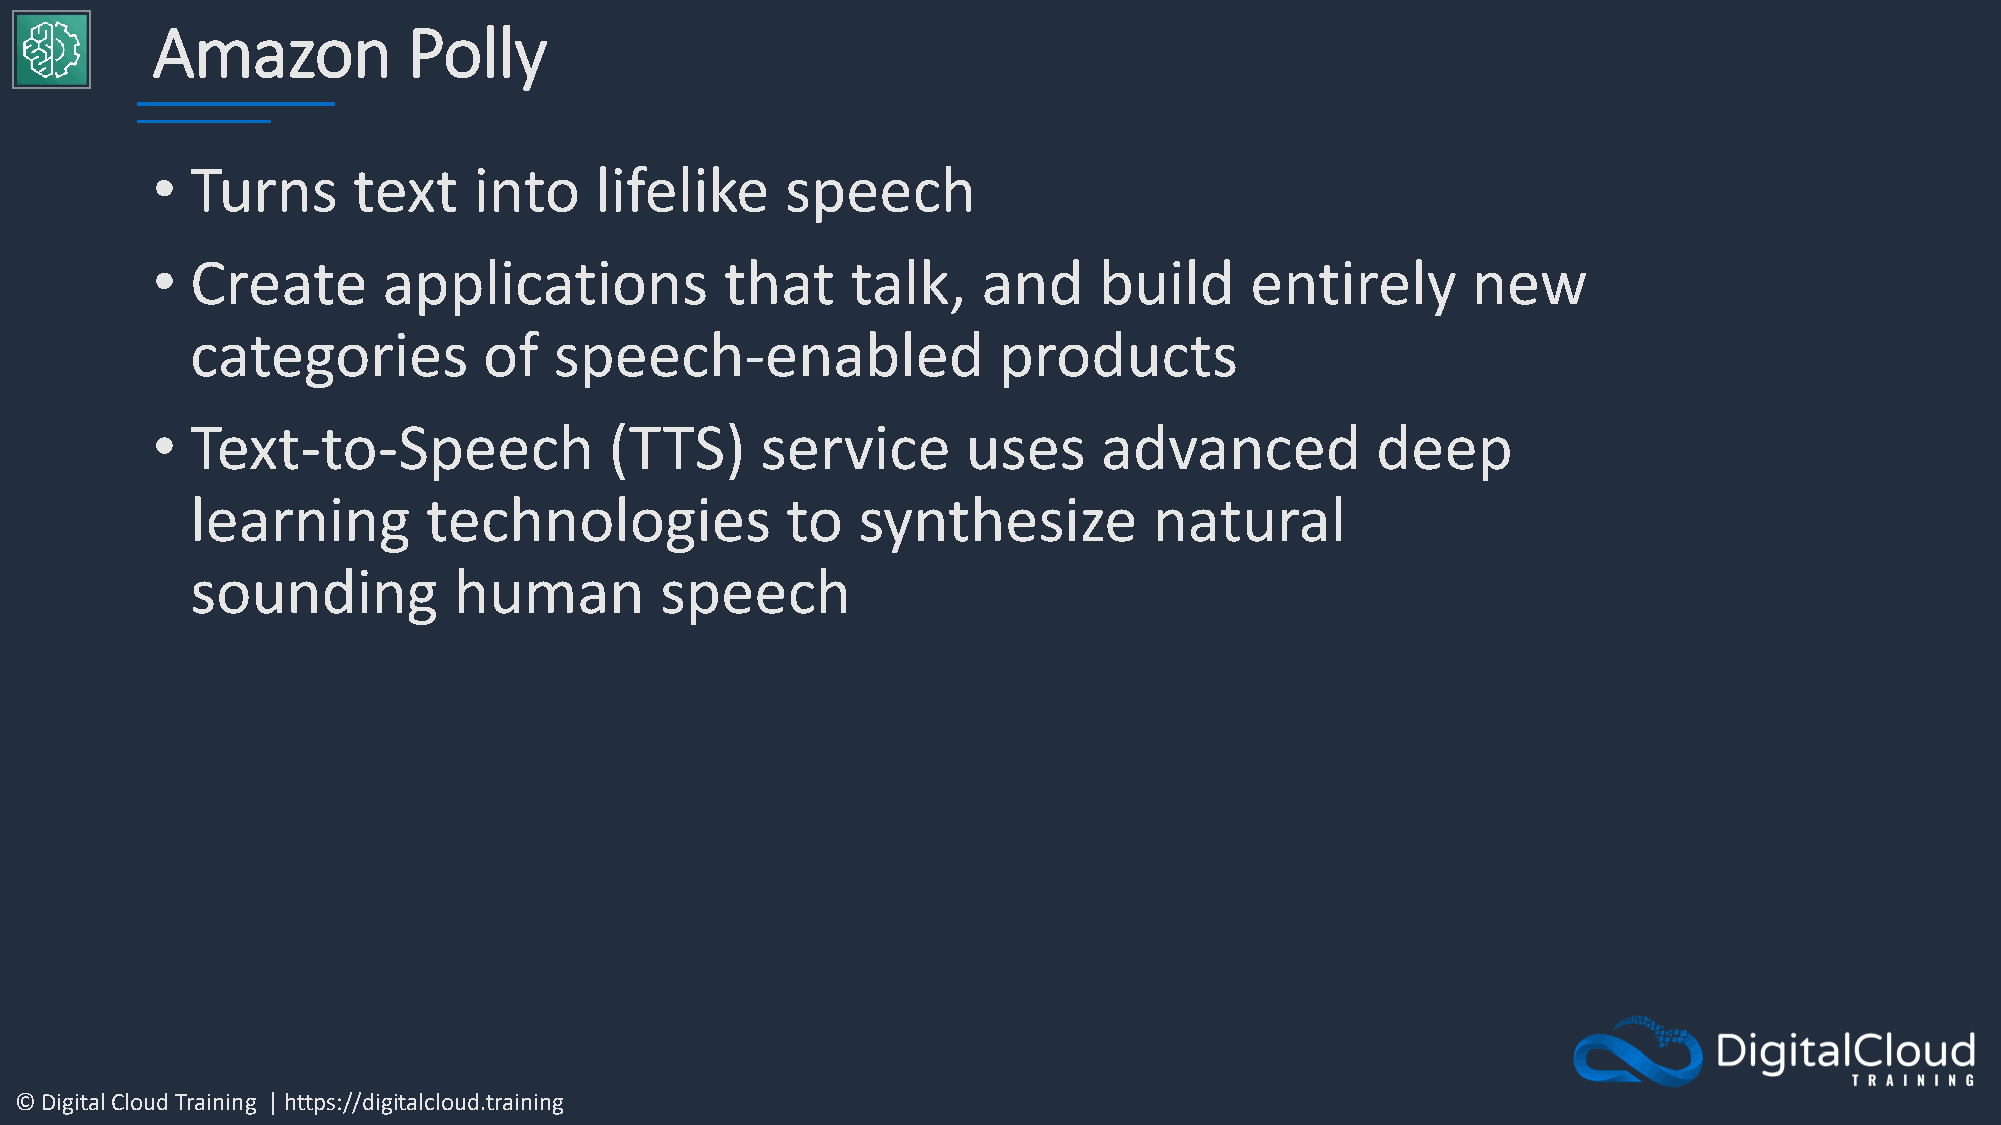
Amazon           Polly
 •  Turns     text    into    lifelike     speech
 •  Create      applications           that    talk,    and     build     entirely      new
 categories         of   speech-enabled               products
 •  Text-to-Speech             (TTS)     service       uses     advanced          deep
 learning       technologies            to   synthesize         natural
 sounding         human         speech
 © Digital Cloud Training | https://digitalcloud.training